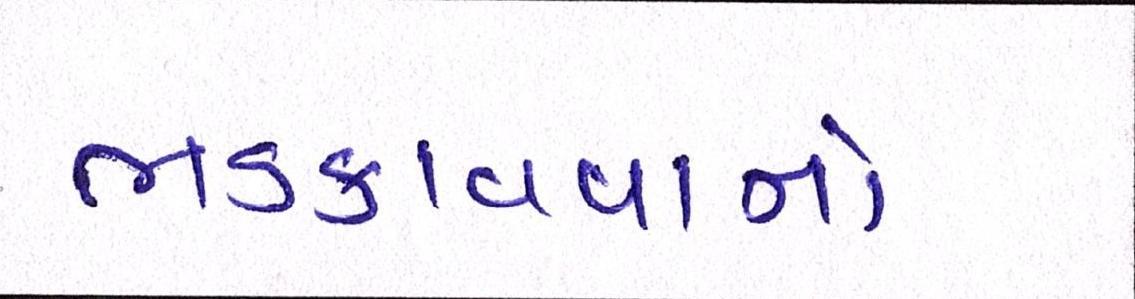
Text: ભડકાવવાનો